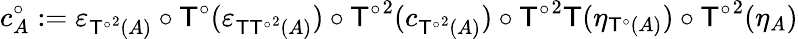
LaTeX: c_{A}^{\circ}:=\varepsilon_{{\mathsf{T}^{\circ}}^{2}(A)}\circ\mathsf{T}^{\circ}(\varepsilon_{\mathsf{T}{\mathsf{T}^{\circ}}^{2}(A)})\circ{\mathsf{T}^{\circ}}^{2}(c_{{\mathsf{T}^{\circ}}^{2}(A)})\circ{\mathsf{T}^{\circ}}^{2}\mathsf{T}(\eta_{\mathsf{T}^{\circ}(A)})\circ{\mathsf{T}^{\circ}}^{2}(\eta_{A})